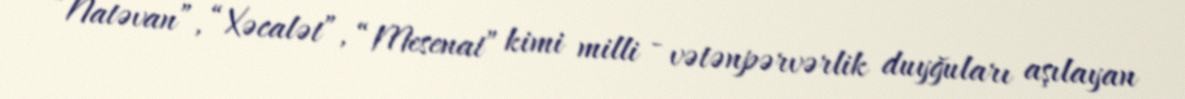
“Natəvan”, “Xəcalət”, “Mesenat” kimi milli - vətənpərvərlik duyğuları aşılayan